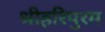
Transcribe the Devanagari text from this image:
श्रीहरिपुरम